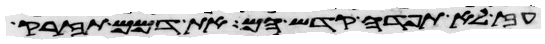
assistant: עז לא תפדה קדש הם את דמם תזרק